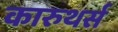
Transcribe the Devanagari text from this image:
कारुथर्स